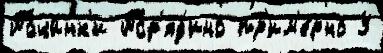
Почи́нк'и Пор'яд'ино пр'им'е́рно У